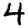
Digit: 4